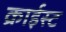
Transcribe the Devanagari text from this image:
क्राईस्ट